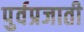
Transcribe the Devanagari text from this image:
पुर्वप्रजाती